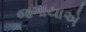
જગાયાએ